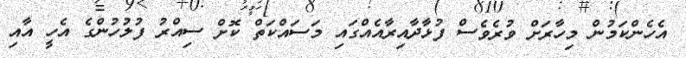
އެހެންކަމުން މިހާރަށް ވުރެވެސް ފުޅާދާއިރާއެއްގައި މަސައްކަތް ކޮށް ސިއްރު ފުލުހުންގެ އެހީ އާއި